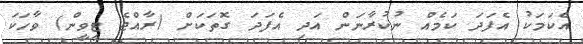
އެކަމަކު އެފަދަ ކަމެއް ނުކުރާނަން އަދި އެފަދަ ގޮތަކަށް (ރާއްޖެ ޓީވީން) ވާހަކަ